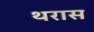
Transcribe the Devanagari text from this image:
थरास